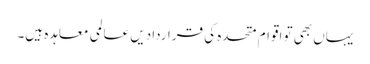
یہاں بھی تو اقوام متحدہ کی قراردادیں عالمی معاہدہ ہیں۔